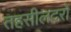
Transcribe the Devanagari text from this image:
तहसीलदरों